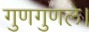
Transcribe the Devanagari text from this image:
गुणगुणले।